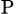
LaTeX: _\mathrm{P}